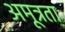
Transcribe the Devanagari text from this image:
अमूत्रता